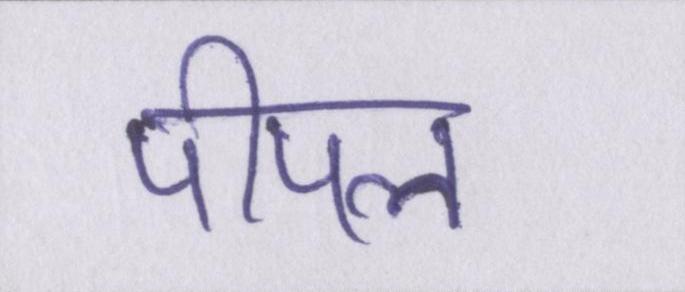
पीपल